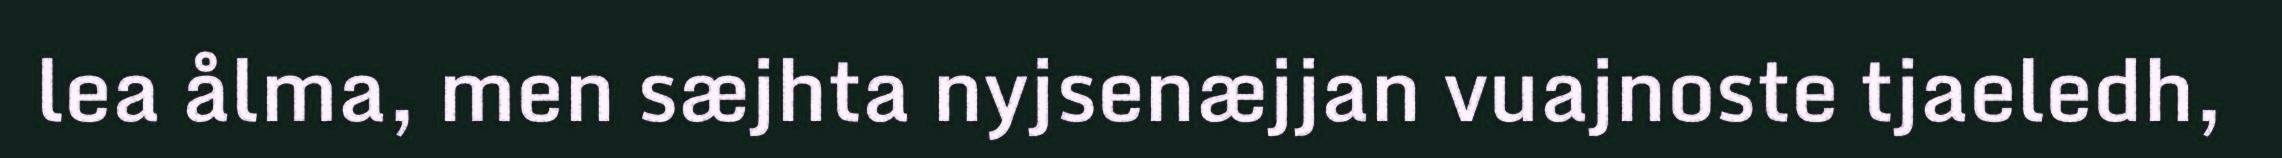
lea ålma, men sæjhta nyjsenæjjan vuajnoste tjaeledh,